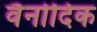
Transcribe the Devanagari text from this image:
वैनोदिक